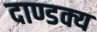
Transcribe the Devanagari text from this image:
दाण्डक्य